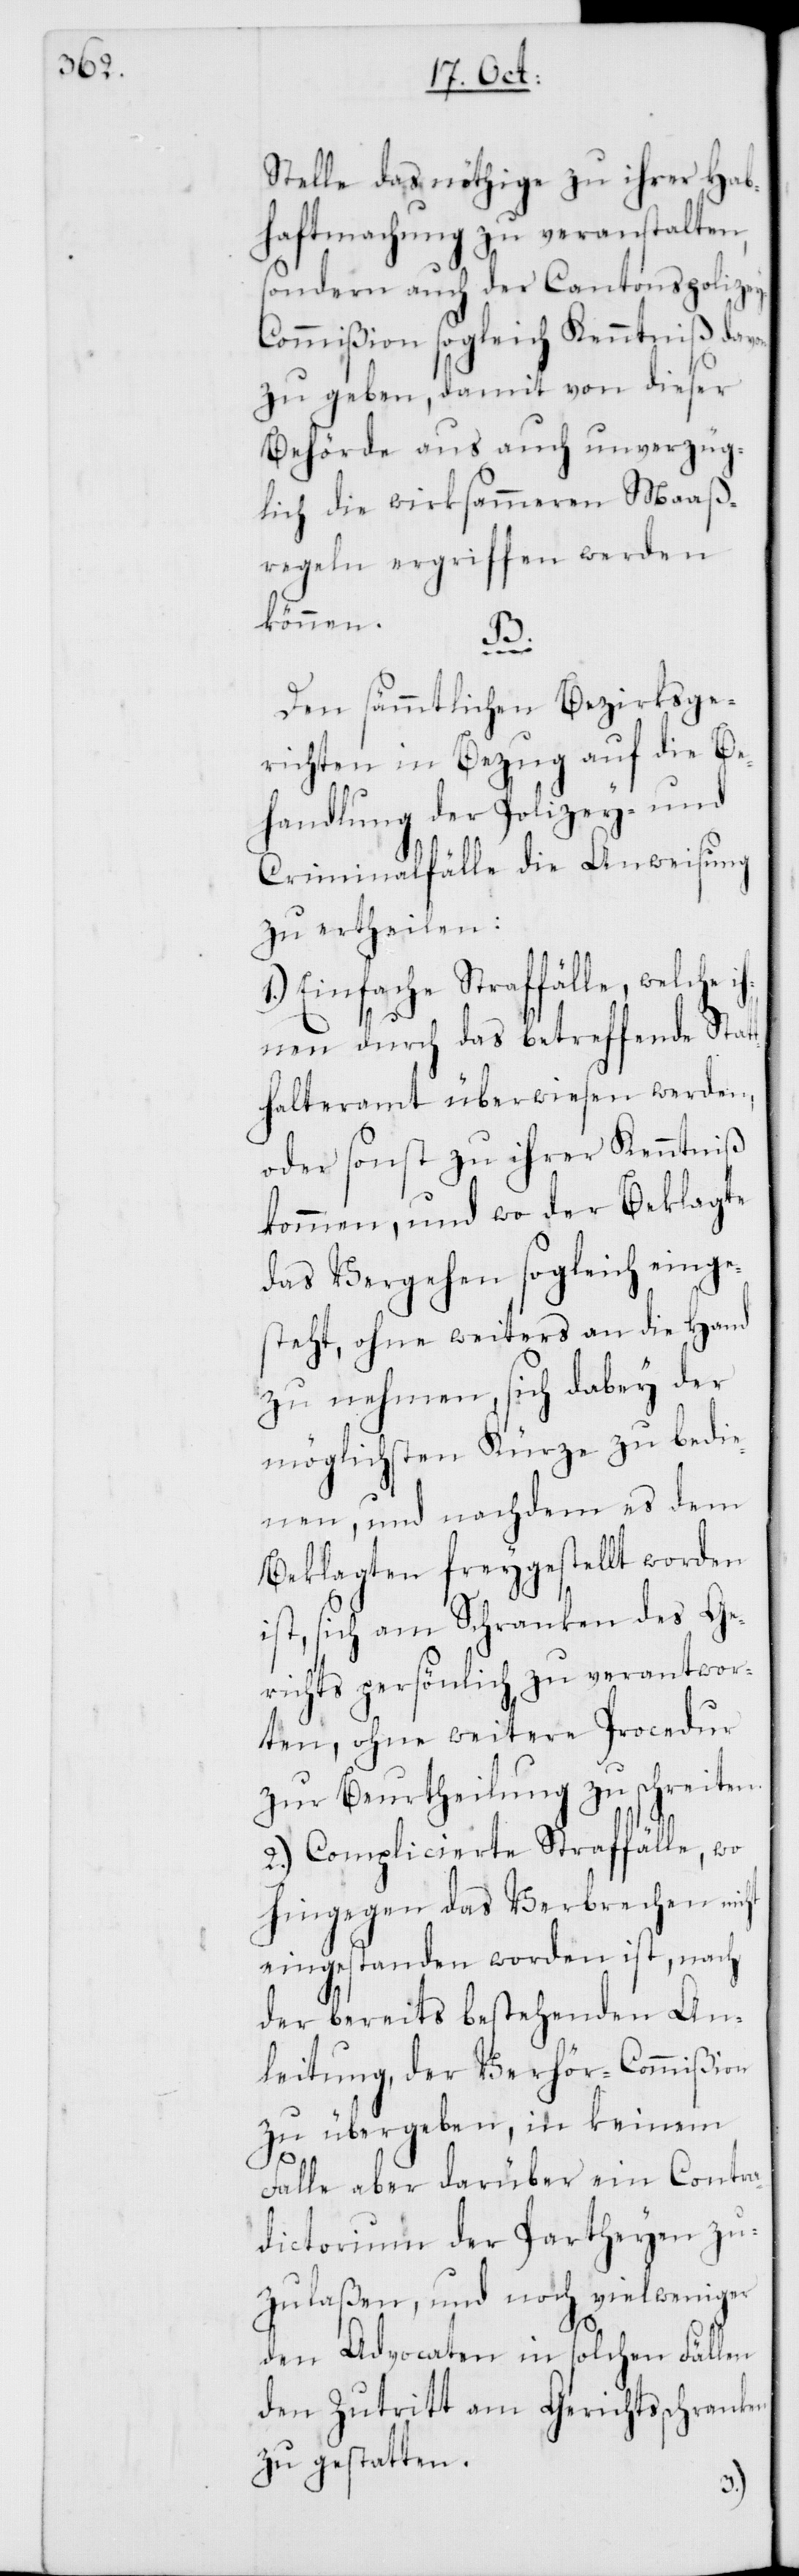
Stelle das nöthige zu ihrer Hab¬
haftmachung zu veranstalten,
sondern auch der Cantonspolize¬
y-Commißion sogleich Kenntniß davon
zu geben, damit von dieser
Behörde aus auch unverzüg¬
lich die wirksammeren Maaß¬
regeln ergriffen werden
können.
Den sämmtlichen Bezirksge¬
richten in Bezug auf die Be¬
handlung der Polizey- und
Criminalfälle die Anweisung
zu ertheilen:
1.) Einfache Straffälle, welche i¬
hnen durch das betreffende Stat¬
thalteramt überwiesen werden,
oder sonst zu ihrer Kenntniß
kommen, und wo der Beklagte
das Vergehen sogleich einge¬
steht, ohne weiters an die Hand
zu nehmen, sich dabey der
möglichsten Kürze zu bedie¬
nen, und nachdem es dem
Beklagten freygestellt worden
ist, sich am Schranken des Ge¬
richts persönlich zu verantwor¬
ten, ohne weitere Procedur
zur Beurtheilung zu schreiten.
2.) Complicierte Straffälle, wo
hingegen das Verbrechen nicht
eingestanden worden ist, nach
der bereits bestehenden An¬
leitung, der Verhör-Commißion
zu übergeben, in keinem
Falle aber darüber ein Contra¬
dictorium der Partheyen zu¬
zulaßen, und noch vielweniger
den Advocaten in solchen Fällen
den Zutritt am Gerichtsschranken
zu gestatten.